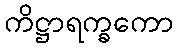
ကိဋ္ဌာရက္ခကော